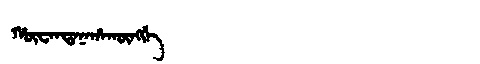
Manchu: ᡥᡡᠸᠠᠨᡨᠠᠨᠠᡥᠠᡴᡡᠩᡤᡝ
Romanization: HŪWANTANAHAKŪNGGE